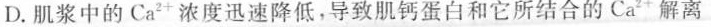
D. 肌浆中的Ca^{2+}浓度迅速降低，导致肌钙蛋白和它所结合的Ca^{2+}解离